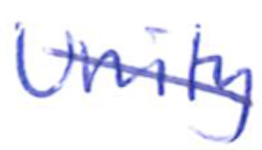
Text: Unity
Cross-out: diagonal
Writing tool: ballpoint